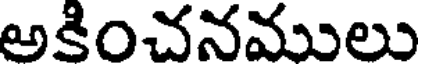
అకించనములు